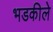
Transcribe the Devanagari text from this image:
भडकीले